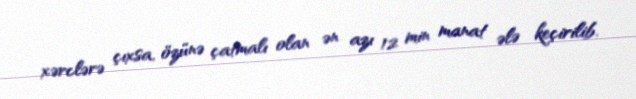
xərclərə çıxsa, özünə çatmalı olan ən azı 12 min manat ələ keçirilib.